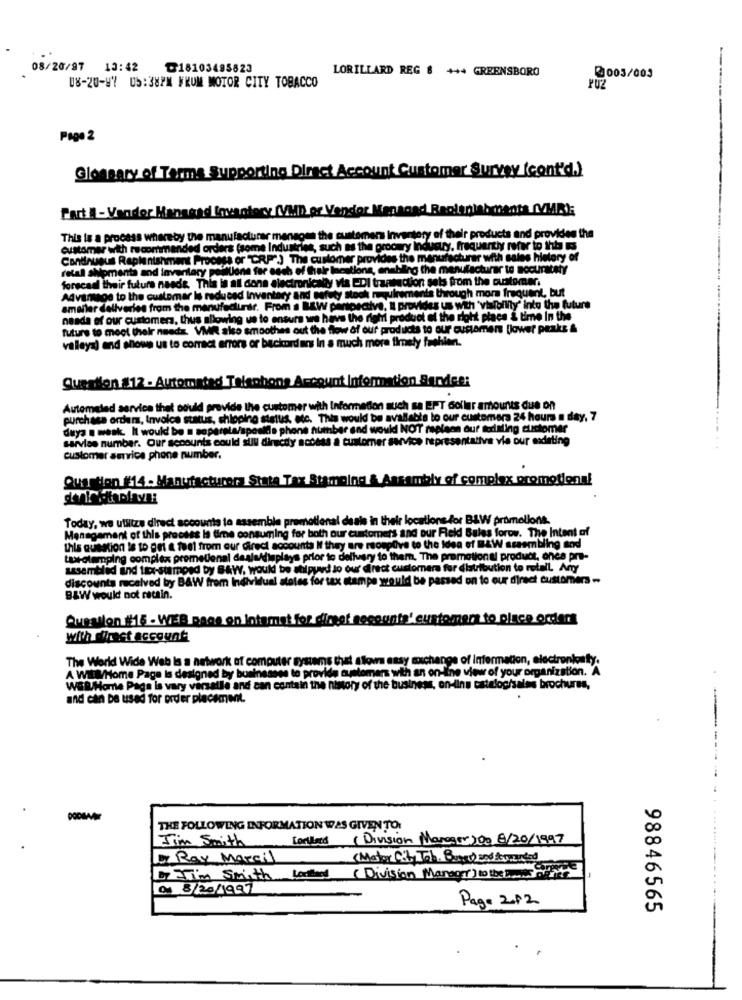
08/20/97 13:42
৳18103495823
LORILLARD REG $ ++4 GREENSBORO
@003/003
08-20-97 05:38PM FRUM MOTOR CITY TOBACCO
PUZ
Page 2
Glossary of Terms Supporting Direct Account Customer Survey (cont'd.)
Part I -Vaodor Hansgad Inventory (VMD) or Vendor
maand Ragioniab chanta CYMBI;
Imena Inventory of their products and provides the
This is a process whereby the manufacturer
the a
customer with recommended orders (some Industries, such as the grocery Industry, frequartiy refer to thba is
ss or "CRP) The customer provides the manufacturer with sales history of
Continuous Replenishment Process
retall shipments and inventory poillllone for each of their le
blng the manufacturer to nocuratety
forscaal their future naade. This is at dons electronically via EDI transaction sets from the customer.
Advarnage to the customar is reduced Inventory and safety stock requirements through more frequent, but
smaller deliveries from the manufacturer. From a LAW perspective, IL provides us with 'visibility' into the future
neada of our customers, thus allowing us to ensure we have the right product of the right place i time
futurs to meet their needs. VMIR also smoothes out the flow of our products to our customers (lower peaks &
valleya) and shows us to correct errors or backorders In a much more timely fashion.
Question 812 - Automated Telephone Account Information Service:
Automated service that could provide the customer with Information such sa EPT dollar amounts due on
purchase order, Involce status, shipping steluis, etc. This would be available to our customers 24 hours a day, 7
duya a weak. It would be a saperela/sposidie phone number and would NOT replace our tedaling customer
sarviss number. Our accounts could sull directly access a customer service representative via our exdeting
customer service phone number.
Quantion #14 - Manufacturera State Tax Stamping & Assembly of complex promotional
Today, we utliize direct accounts to assemble promotional deals in their locations for BAW promolions.
Management of this process is time consuming for both our customers and our Reid Sales forow. The Intent of
this question is to out & feel from our direct accounts If they are romplive to the Idea of BAW assembling and
tutolemping complex premetlenal deals/displays prior to delivery to them. The promotional product, ones pri-
assembled ind 1Ex-stamped by SAW, would be stilpyed lo our direct customers for distribution to retail, Arty
discounts received by BAW from Individual states for tax stampe would be passed on to our direct customers -
B&W would not recain.
Question #15 - WEB page on Intemet for dingot socounts' customers to place orders
with direct account
The World Wide Web Is a network of computer systems that allows easy exchange of information, electronkuty.
han on-line view of your organization. A
A WillHome Page Is designed by businesses to provide que
Wall Home Page is vary varsalle and can contain the history of the bu
was, on-line cistelogisales brochures,
and can be used for order placement.
THE FOLLOWING INFORMATION WAS GIVEN TO
Jim Smith
Cortland (Division Manager200 8/20/1997
Ray Marcil
(Mator Cit ., Tab. Buer) and &co cited
in Smith Loaded (Division Manager) to the
Page 212
98846565